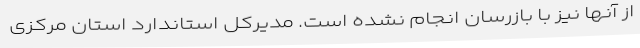
از آنها نیز با بازرسان انجام نشده است. مدیرکل استاندارد استان مرکزی